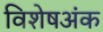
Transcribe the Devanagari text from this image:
विशेषअंक